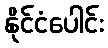
နိုင်ငံပေါင်း